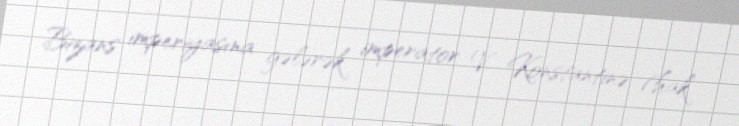
Bizans imperiyasına gələrək imperator V Konstantinə (hak.